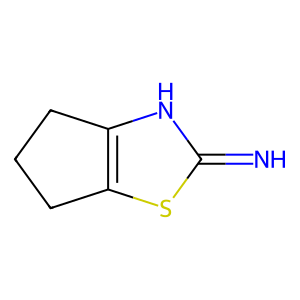
SMILES: N=c1[nH]c2c(s1)CCC2
Inhibits HIV replication: No